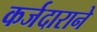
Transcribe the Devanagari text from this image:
कर्जदाराने